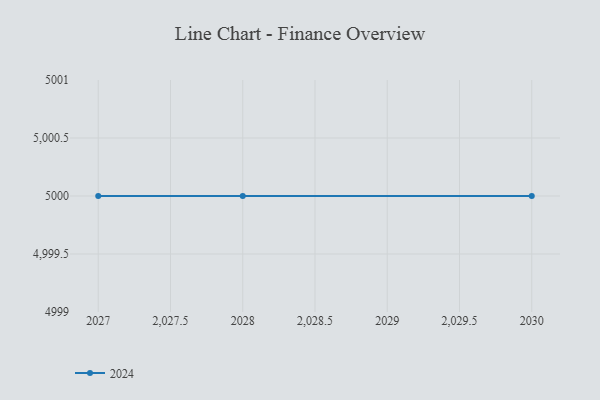
{"axis": {"x": "Year", "y": "Net Income (USD K)"}, "legend": ["2024"], "data": [{"x": "2027", "y": 5000, "type": "2024"}, {"x": "2030", "y": 5000, "type": "2024"}, {"x": "2028", "y": 5000, "type": "2024"}]}